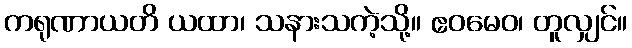
ကရုဏာယတိ ယထာ၊ သနားသကဲ့သို့။ ဧဝမေဝ၊ တူလျှင်။